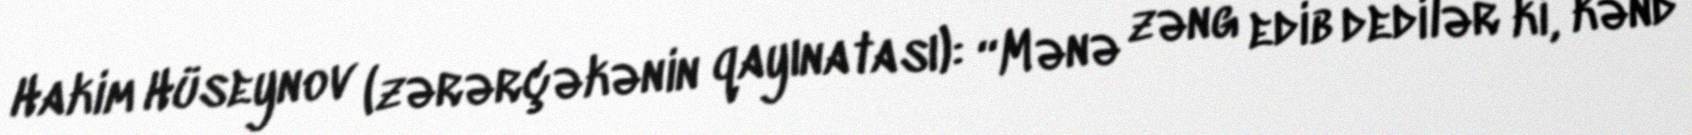
Hakim Hüseynov (zərərçəkənin qayınatası): “Mənə zəng edib dedilər ki, kənd